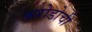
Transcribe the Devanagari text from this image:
करोडोची